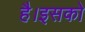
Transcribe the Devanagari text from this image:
है।इसको